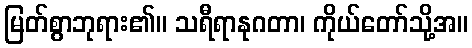
မြတ်စွာဘုရား၏။ သရီရာနုဂတာ၊ ကိုယ်တော်သို့အ။